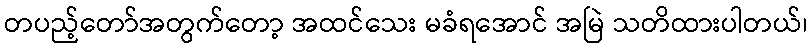
တပည့်တော်အတွက်တော့ အထင်သေး မခံရအောင် အမြဲ သတိထားပါတယ်၊